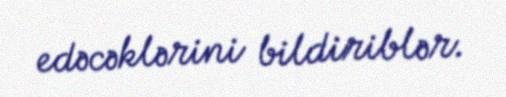
edəcəklərini bildiriblər.